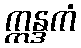
ဣန္ဒကံ